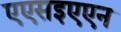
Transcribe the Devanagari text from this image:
एएसइएएन